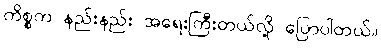
ကိစ္စက နည်းနည်း အရေးကြီးတယ်လို့ ပြောပါတယ်။